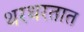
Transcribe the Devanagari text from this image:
थरथरतात